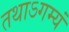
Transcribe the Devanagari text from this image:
तथाऽगम्यं